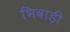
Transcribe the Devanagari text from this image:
भिवाड़ी